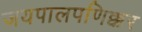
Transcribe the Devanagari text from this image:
जयपालपणिक्कर